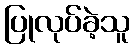
ပြုလုပ်ခဲ့သူ